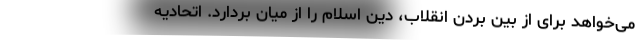
می‌خواهد برای از بین بردن انقلاب، دین اسلام را از میان بردارد. اتحادیه